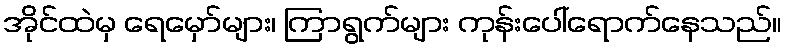
အိုင်ထဲမှ ရေမှော်များ၊ ကြာရွက်များ ကုန်းပေါ်ရောက်နေသည်။